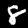
Label: 8